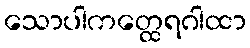
သောပါကတ္ထေရဂါထာ